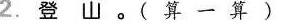
2.登山。(算一算)